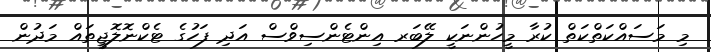
މި މަސައްކަތްކަތް ކުރާ މީހުންނަކީ ލޭބަރ އިންޓެންސިވްސް އަދި ފަހުގެ ޓެކްނޮލޮޖީތައް މަދުން